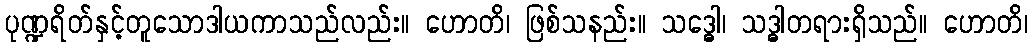
ပုဏ္ဍရိတ်နှင့်တူသောဒါယကာသည်လည်း။ ဟောတိ၊ ဖြစ်သနည်း။ သဒ္ဓေါ၊ သဒ္ဓါတရားရှိသည်။ ဟောတိ၊